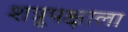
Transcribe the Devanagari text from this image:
शत्रूपक्षाला